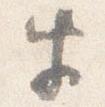
牛